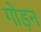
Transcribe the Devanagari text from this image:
गोड़न